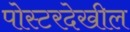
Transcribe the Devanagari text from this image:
पोस्टरदेखील